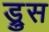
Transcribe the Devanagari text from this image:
ड्रुस